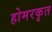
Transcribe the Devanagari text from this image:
होमरकृत